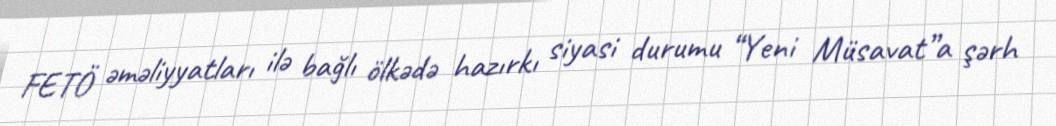
FETÖ əməliyyatları ilə bağlı ölkədə hazırkı siyasi durumu “Yeni Müsavat”a şərh